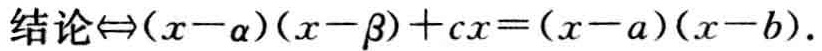
结论$\Leftrightarrow(x - \alpha)(x - \beta)+cx=(x - a)(x - b)$.